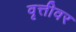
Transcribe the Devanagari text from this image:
वृत्तीवर